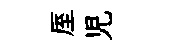
厔児